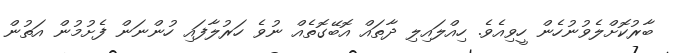
ބާރުކޮށްލެވުނުހެން ހީވިއެވެ. ހިއްލައިލި ދާތައް އޮބޭގޮތެއް ނުވެ ހަރުލާފައި ހުންނަން ފެށުމުން އަތުން